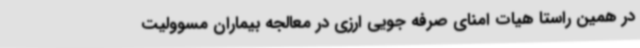
در همین راستا هیات امنای صرفه جویی ارزی در معالجه بیماران مسوولیت